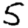
Digit: 5